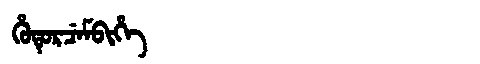
Manchu: ᡥᡠᡨᡠᡵᠴᡝᠮᠪᡳᡥᡝ
Romanization: HUTURCEMBIHE